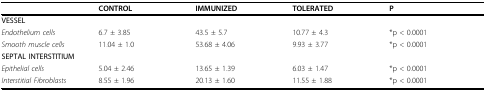
<table><thead><tr><td></td><td><b>CONTROL</b></td><td><b>IMMUNIZED</b></td><td><b>TOLERATED</b></td><td><b>P</b></td></tr></thead><tbody><tr><td><b>VESSEL</b></td><td></td><td></td><td></td><td></td></tr><tr><td><i>Endothelium cells</i></td><td>6.7 ± 3.85</td><td>43.5 ± 5.7</td><td>10.77 ± 4.3</td><td>*p &lt; 0.0001</td></tr><tr><td><i>Smooth muscle cells</i></td><td>11.04 ± 1.0</td><td>53.68 ± 4.06</td><td>9.93 ± 3.77</td><td>*p &lt; 0.0001</td></tr><tr><td><b>SEPTAL INTERSTITIUM</b></td><td></td><td></td><td></td><td></td></tr><tr><td><i>Epithelial cells</i></td><td>5.04 ± 2.46</td><td>13.65 ± 1.39</td><td>6.03 ± 1.47</td><td>*p &lt; 0.0001</td></tr><tr><td><i>Interstitial Fibroblasts</i></td><td>8.55 ± 1.96</td><td>20.13 ± 1.60</td><td>11.55 ± 1.88</td><td>*p &lt; 0.0001</td></tr></tbody></table>